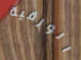
الورقية